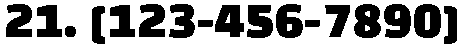
21. [123-456-7890]